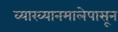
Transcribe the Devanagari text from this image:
व्याख्यानमालेपासून